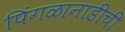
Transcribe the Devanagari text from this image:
पिंगळानाडीची